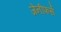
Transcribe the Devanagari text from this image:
जेनीफर्स